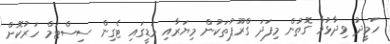
ހަމީދު ވިދާޅުވާ ގޮތުން މިފަދަ ގްރޫޕުތަކުން މިޔަރާއި މަޑީގައި ޓެގިން ސިސްޓަމް ހަރުކޮށް